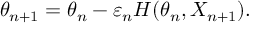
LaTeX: \theta _ { n + 1 } = \theta _ { n } - \varepsilon _ { n } H ( \theta _ { n } , X _ { n + 1 } ) .